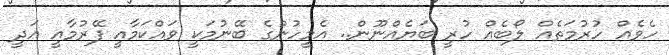
ހެވެއް ހުރުމަތެއް ލޯބެއް ހުރީ ބަޔެއްނޫން.. އެމީހުންގެ ބޭނުމަކީ ވައްކަމާއީ ފޭރުމާއީ އަދީ